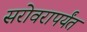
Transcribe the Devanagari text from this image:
सरोवरापर्यंत